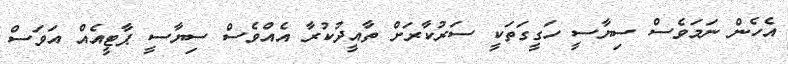
އެހެން ނަމަވެސް ސިޔާސީ ހަގީގަތަކީ ސަރުކާރަށް ތާއީދުކުރާ އެއްވެސް ސިޔާސީ ޕާޓީއެއް އަވަސް